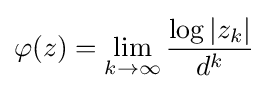
\varphi (z)=\lim _{k\to \infty }{\frac {\log |z_{k}|}{d^{k}}}